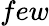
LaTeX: few